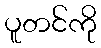
ပူတင်ကို